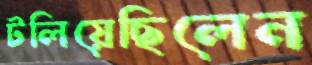
টলিয়েছিলেন